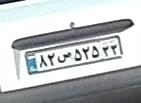
۸۲ص۵۲۵۲۲